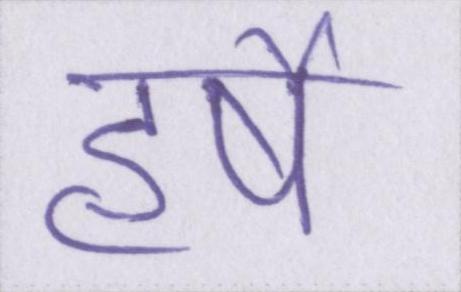
हर्षे